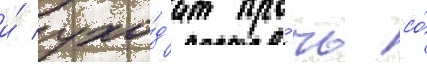
и́ ухо́д'ит про́чь со́